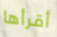
أقرأها